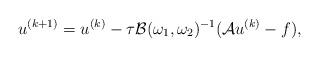
LaTeX: \begin{align*}u^{(k+1)}=u^{(k)}-\tau\mathcal{B}(\omega_{1},\omega_{2})^{-1}(\mathcal{A}u^{(k)}-f),\end{align*}